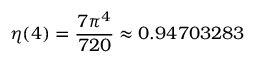
\eta ( 4 ) = { \frac { 7 \pi ^ { 4 } } { 7 2 0 } } \approx 0 . 9 4 7 0 3 2 8 3